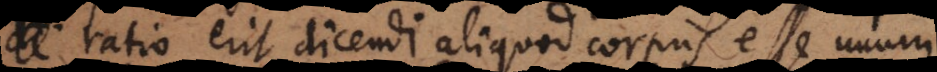
ratio erit dicendi aliquod corpus esse unum